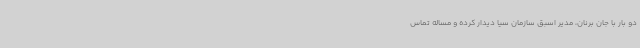
دو بار با جان برنان، مدیر اسبق سازمان سیا دیدار کرده و مساله تماس